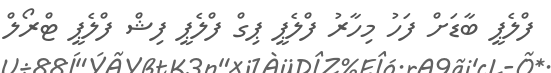
ފްލެޕީ ބާޑަށް ފަހު މިހާރު ފްލެޕީ ޕިގް ފްލެޕީ ފިޝް ފްލެޕީ ޓްރޯލް